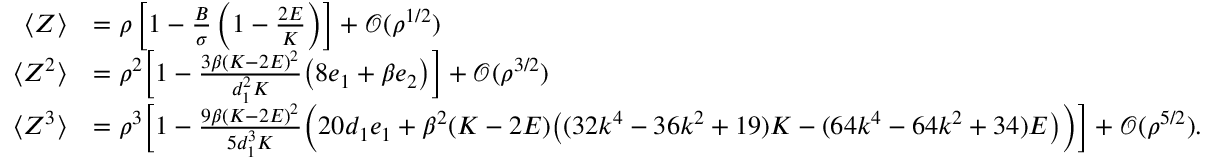
\begin{array} { r l } { \langle Z \rangle } & { = \rho \left[ 1 - \frac { B } { \sigma } \left( 1 - \frac { 2 E } { K } \right) \right] + \mathscr { O } ( \rho ^ { 1 / 2 } ) } \\ { \langle Z ^ { 2 } \rangle } & { = \rho ^ { 2 } \Big [ 1 - \frac { 3 \beta ( K - 2 E ) ^ { 2 } } { d _ { 1 } ^ { 2 } K } \big ( 8 e _ { 1 } + \beta e _ { 2 } \big ) \Big ] + \mathscr { O } ( \rho ^ { 3 / 2 } ) } \\ { \langle Z ^ { 3 } \rangle } & { = \rho ^ { 3 } \Big [ 1 - \frac { 9 \beta ( K - 2 E ) ^ { 2 } } { 5 d _ { 1 } ^ { 3 } K } \Big ( 2 0 d _ { 1 } e _ { 1 } + \beta ^ { 2 } ( K - 2 E ) \big ( ( 3 2 k ^ { 4 } - 3 6 k ^ { 2 } + 1 9 ) K - ( 6 4 k ^ { 4 } - 6 4 k ^ { 2 } + 3 4 ) E \big ) \Big ) \Big ] + \mathscr { O } ( \rho ^ { 5 / 2 } ) . } \end{array}